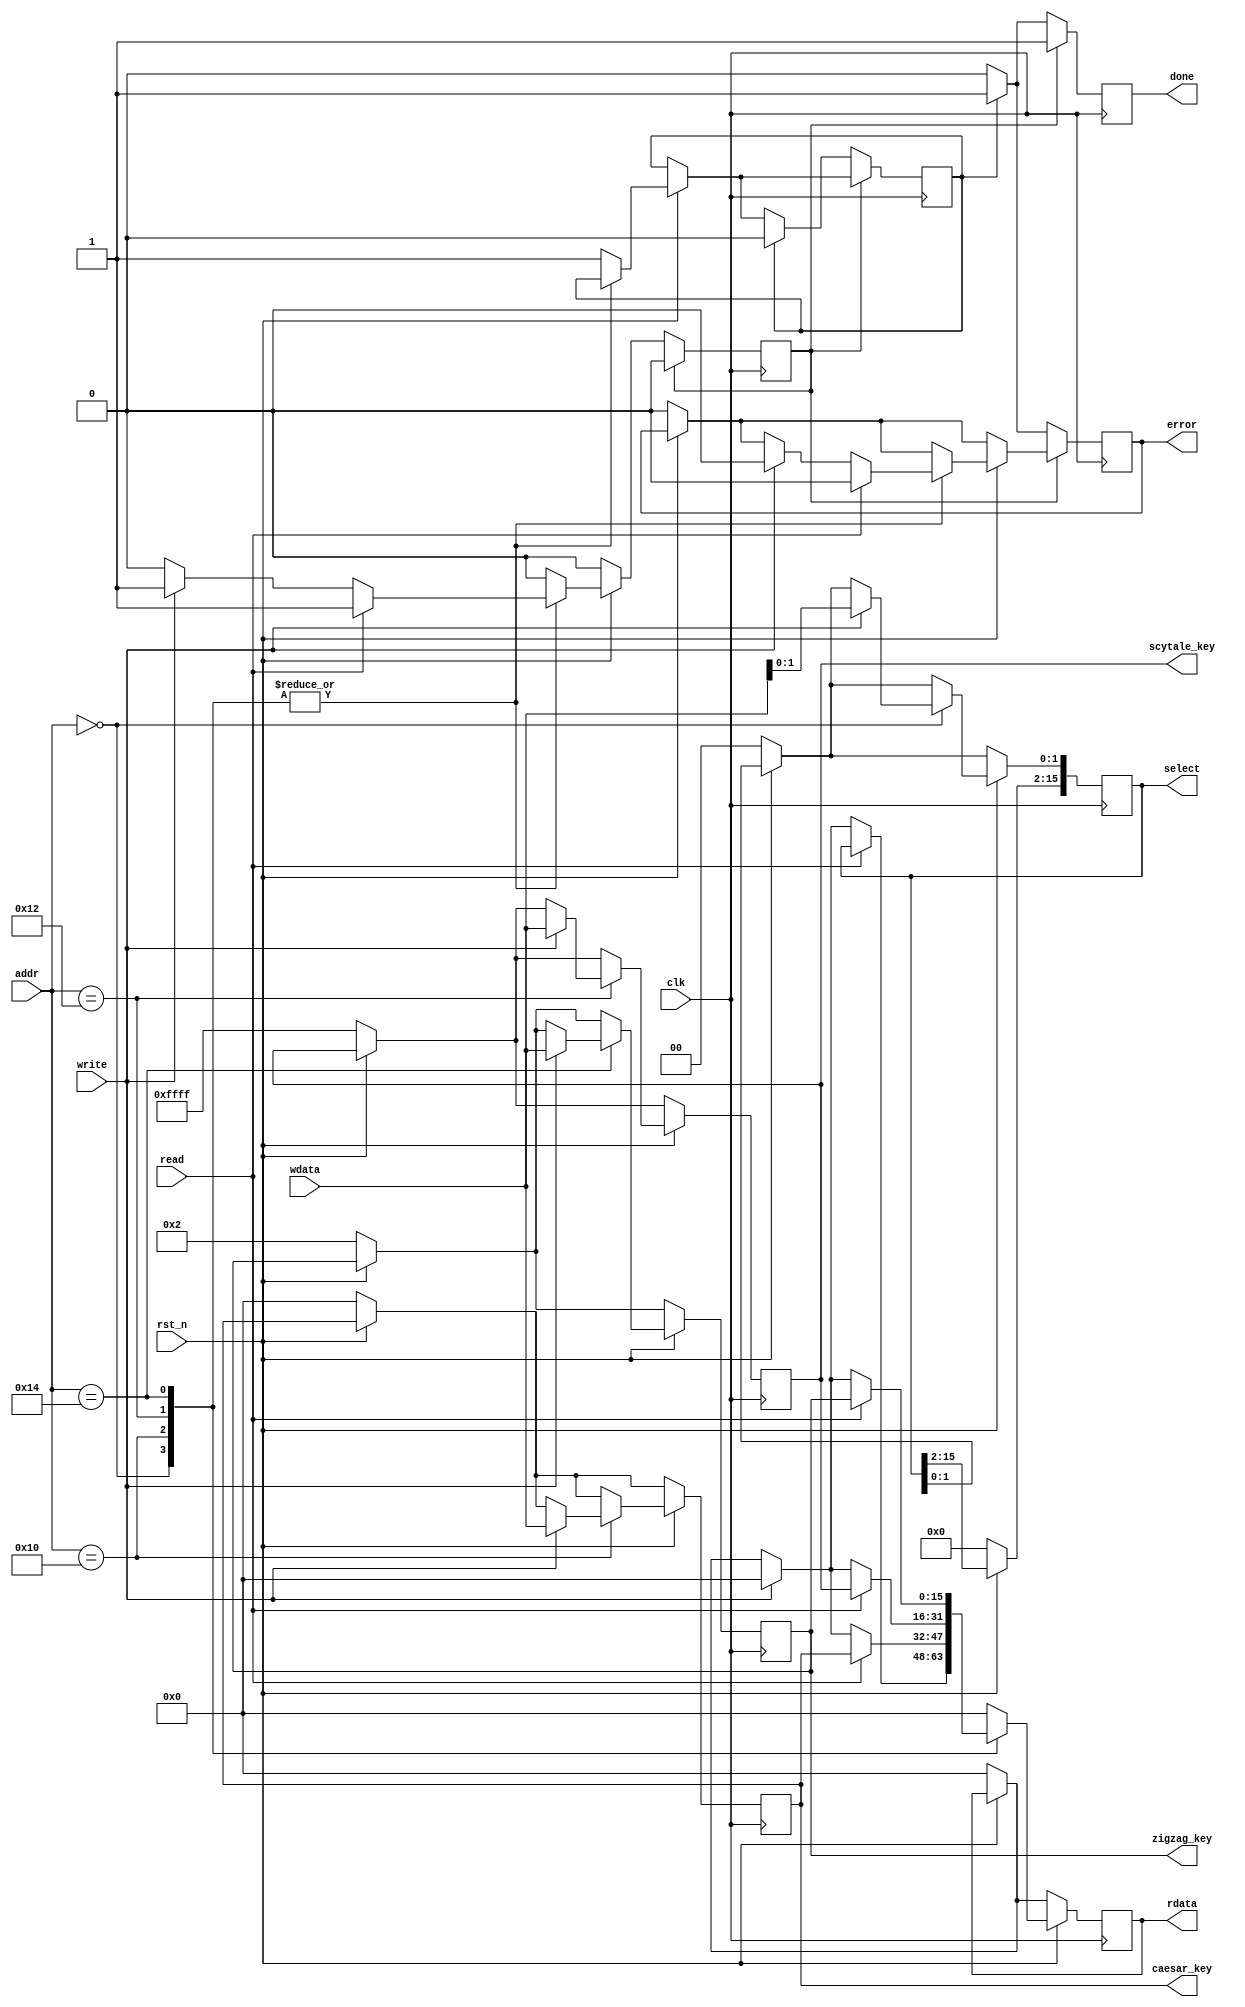
module decryption_regfile #(
			parameter addr_witdth = 8,
			parameter reg_width 	 = 16
		)(
			// Clock and reset interface
			input clk, 
			input rst_n,
			
			// Register access interface
			input[addr_witdth - 1:0] addr,
			input read,
			input write,
			input [reg_width -1 : 0] wdata,
			output reg [reg_width -1 : 0] rdata,
			output reg done,
			output reg error,
			
			// Output wires
			output [reg_width - 1 : 0] select,
			output [reg_width - 1 : 0] caesar_key,
			output [reg_width - 1 : 0] scytale_key,
			output [reg_width - 1 : 0] zigzag_key
    );
	 	  
reg[reg_width - 1 : 0] select_register;
reg[reg_width - 1 : 0] caesar_key_register;
reg[reg_width - 1 : 0] scytale_key_register;
reg[reg_width - 1 : 0] zigzag_key_register;
reg count; // variabila prin care verific daca am scris sau am citit 
reg count_error; // variabila prin care verific daca am ajuns in cazul de eroare 

always @(posedge clk) begin
   if(!rst_n) begin			// initializarea registrelor cu valorile de reset
	  select_register <=0;
      caesar_key_register <=0;
      scytale_key_register <=16'hFFFF;
      zigzag_key_register <=16'h2;
      error <=0;
      done <=0;
	  rdata<=0;
	end
	if(rst_n)
		case(addr)
			8'h00: begin
				if(write) begin
					select_register[1:0] <= wdata;
					count <=1;
					error <=0;
					rdata <=0;
				end
				if(read) begin
					rdata <= select_register;
					count <=1;
					error <=0;
				end
			end
			8'h10: begin
				if(write) begin
					caesar_key_register <= wdata;
					count <=1;
					error <=0;
					rdata <=0;
				end
				if(read) begin
					rdata <= caesar_key_register;
					count <=1;
					error <=0;
				end
			end	
			8'h12: begin
				if(write) begin
					scytale_key_register <= wdata;
					count <=1;
					error <=0;
					rdata <=0;
				end
					
				if(read) begin
					rdata <= scytale_key_register;
					count <=1;
					error <=0;
				end
			end
			8'h14: begin
				if(write) begin
					zigzag_key_register <= wdata;
					count <=1;
					error <=0;
					rdata <=0;
				end
				if(read) begin
					rdata <= zigzag_key_register;
					count <=1;
					error <=0;
				end
			end
			default: begin  // cazul in care se ajunge daca se vrea scriere/citire la o adresa diferita de cele ale registrelor
					count_error <= 1;
					rdata <= 0;
			end
		endcase
// verific daca am scris/citit ceva intr-un/dintr-un registru
	if(count==1) begin
		done <= 1;
		count <=0;  // se reseteaza count cu valoarea 0 pentru a putea fi folosit la urmatoarea incercare de citire/scriere
	end else if(count_error ==1) begin // verific daca am ajuns in cazul de eroare
		error <=1;
		done <= 1;
		count_error<=0;
	end else begin
	done <=0;
	error <=0;
   end
end 


assign select=select_register;
assign caesar_key=caesar_key_register;
assign scytale_key=scytale_key_register;
assign zigzag_key=zigzag_key_register;		

endmodule